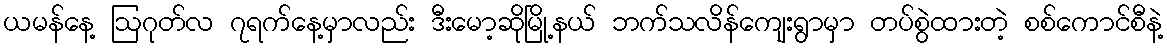
ယမန်နေ့ ဩဂုတ်လ ၇ရက်နေ့မှာလည်း ဒီးမော့ဆိုမြို့နယ် ဘက်သလိန်ကျေးရွာမှာ တပ်စွဲထားတဲ့ စစ်ကောင်စီနဲ့